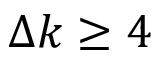
\Delta k \geq 4